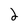
Character: 2